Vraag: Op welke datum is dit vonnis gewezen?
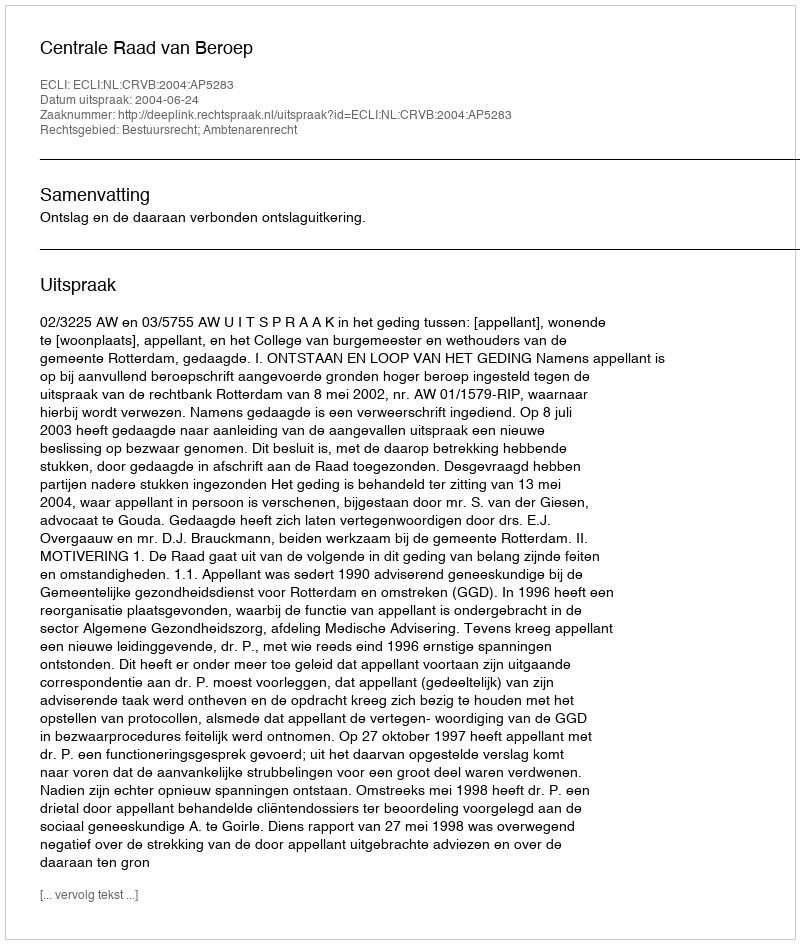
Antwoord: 2004-06-24